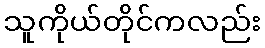
သူကိုယ်တိုင်ကလည်း